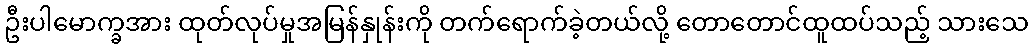
ဦးပါမောက္ခအား ထုတ်လုပ်မှုအမြန်နှုန်းကို တက်ရောက်ခဲ့တယ်လို့ တောတောင်ထူထပ်သည့် သားသေ